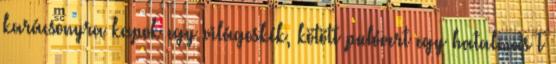
karácsonyra kapok egy világoskék, kötött pulóvert egy hatalmas T